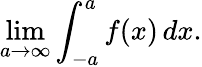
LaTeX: \operatorname*{lim}_{a\to\infty}\int_{-a}^{a}f(x)\, dx.